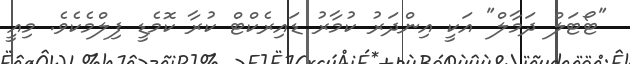
"ޓޯޓަލް ދަމާލް" އަކީ އިންދަރު ކުމާރު ޑައިރެކްޓް ކުރާ ކޮމެޑީ ފިލްމެކެވެ. މިއީ